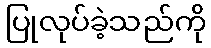
ပြုလုပ်ခဲ့သည်ကို